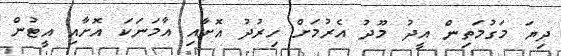
ދިޔަ މަގުމަތިން އީދު މޫދު އެރުމަށް ހިރުދު އޮށާއި އާމަނަކަ އޮށާއި އީޓުން